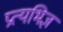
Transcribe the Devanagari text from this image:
प्रत्यभिज्ञ